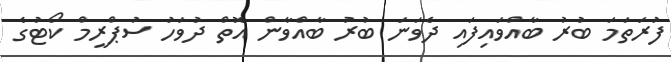
ފުރަތަމަ ބުރު ބާއްވައިފައި ދެވަނަ ބުރު ބާއްވާން އޮތް ދުވަހު ސުޕްރީމް ކޯޓުގެ